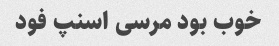
خوب بود مرسی اسنپ فود